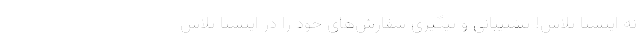
نه اینستا پلاس! پشتیبانی و پیگیری سفارش‌های خود را در اینستا پلاس